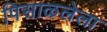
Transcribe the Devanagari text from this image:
पिसाळलेला